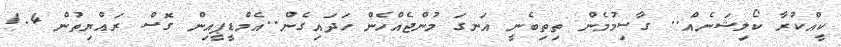
ކީއްކުރާ ކޯލިޝަނެއް.. ގާސިމުމެން ތިތިބެނީ އަނގަ މުންޖެއްހެން ހަދައިގެން..އެމްޑީޕީއިން ގޮސް ރައްޔިތުން 1.4